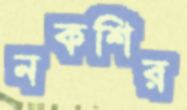
নকশির